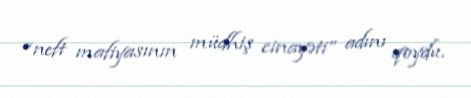
“neft mafiyasının müdhiş cinayəti” adını qoydu.